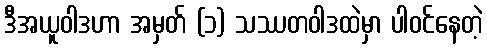
ဒီအယူဝါဒဟာ အမှတ် (၁) သဿတဝါဒထဲမှာ ပါဝင်နေတဲ့